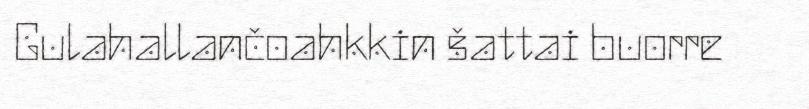
Gulahallančoahkkin šattai buorre